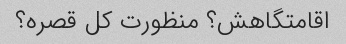
اقامتگاهش؟ منظورت کل قصره؟